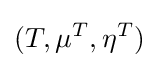
(T,\mu ^{T},\eta ^{T})